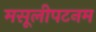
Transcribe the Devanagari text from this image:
मसूलीपटनम